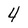
Character: 4